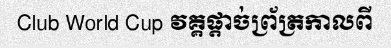
Club World Cup វគ្គផ្តាច់ព្រ័ត្រកាលពី